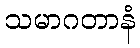
သမာဂတာနံ